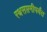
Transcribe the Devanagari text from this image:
रथसप्तमीपर्यंत